Indian journal of veterinary science and animal husbandry - Volumes 15-17, 1948-1951
Year: 1948
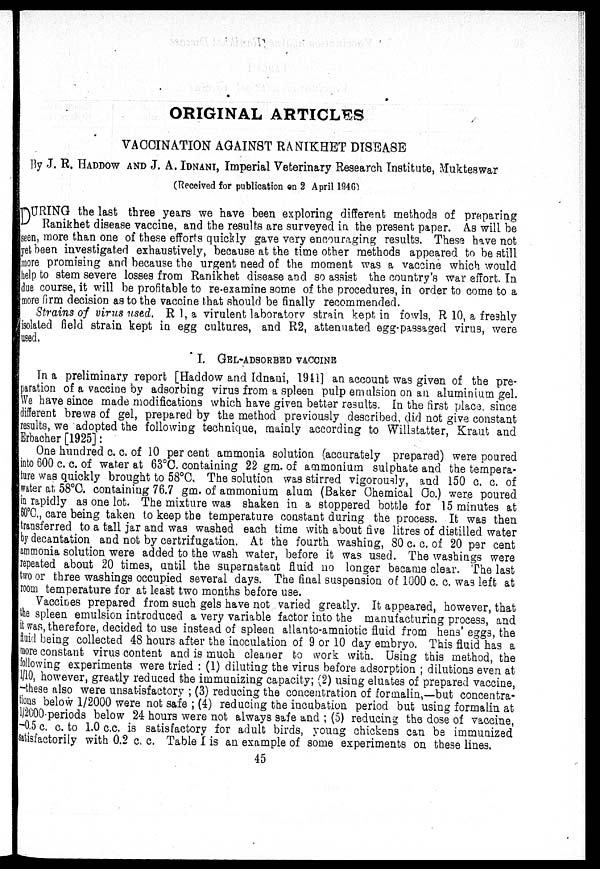
ORIGINAL ARTICLES
VACCINATION AGAINST RANIKHET DISEASE
By J. R. HADDOW AND J. A. IDNANI, Imperial Veterinary Research Institute, Mukteswar
(Received for publication on 2 April 1946)
D URING the last three years we have been exploring different methods of preparing
Ranikhet disease vaccine, and the results are surveyed in the present paper. As will be
seen, more than one of these efforts quickly gave very encouraging results. These have not
yet been investigated exhaustively, because at the time other methods appeared to be still
more promising and because the urgent need of the moment was a vaccine which would
help to stem severe losses from Ranikhet disease and so assist the country's war effort. In
due course, it will be profitable to re-examine some of the procedures, in order to come to a
more firm decision as to the vaccine that should be finally recommended.
Strains of virus used. R 1, a virulent laboratory strain kept in fowls, R 10, a freshly
isolated field strain kept in egg cultures, and R2, attenuated egg-passaged virus, were
used.
I. GEL-ADSORBED VACCINE
In a preliminary report [Haddow and Idnani, 1941] an account was given of the pre-
paration of a vaccine by adsorbing virus from a spleen pulp emulsion on an aluminium gel.
We have since made modifications which have given better results. In the first place, since
different brews of gel, prepared by the method previously described, did not give constant
results, we adopted the following technique, mainly according to Willstatter, Kraut and
Erbacher [1925]:
One hundred c. c. of 10 per cent ammonia solution (accurately prepared) were poured
into 600 c. c. of water at 63°C. containing 22 gm. of ammonium sulphate and the tempera-
ture was quickly brought to 58°C. The solution was stirred vigorously, and 150 c. c. of
water at 58°C. containing 76.7 gm. of ammonium alum (Baker Chemical Co.) were poured
in rapidly as one lot. The mixture was shaken in a stoppered bottle for 15 minutes at
60°C. , care being taken to keep the temperature constant during the process. It was then
transferred to a tall jar and was washed each time with about five litres of distilled water
by decantation and not by certrifugation. At the fourth washing, 80 c. c. of 20 per cent
ammonia solution were added to the wash water, before it was used. The washings were
repeated about 20 times, until the supernatant fluid no longer became clear. The last
t wo or three washings occupied several days. The final suspension of 1000 c. c. was left at
room temperature for at least two months before use.
Vaccines prepared from such gels have not varied greatly. It appeared, however, that
the spleen emulsion introduced a very variable factor into the manufacturing process, and
it was, therefore, decided to use instead of spleen allanto-amniotic fluid from hens' eggs, the
fluid being collected 48 hours after the inoculation of 9 or 10 day embryo. This fluid has a
more constant virus content and is much cleaner to work with. Using this method, the
following experiments were tried : (1) diluting the virus before adsorption ; dilutions even at
1/ 10, however, greatly reduced the immunizing capacity; (2) using eluates of prepared vaccine,
-these also were unsatisfactory ; (3) reducing the concentration of formalin,—but concentra-
tions below 1/2000 were not safe ; (4) reducing the incubation period but using formalin at
1/2000 periods below 24 hours were not always safe and ; (5) reducing the dose of vaccine,
—0. 5 c. c. to 1.0 c.c. is satisfactory for adult birds, young chickens can be immunized
satisfactorily with 0.2 c. c. Table I is an example of some experiments on these lines.
45